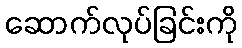
ဆောက်လုပ်ခြင်းကို